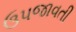
ઉપજાવતી